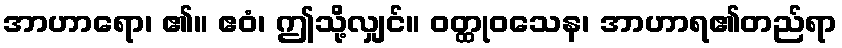
အာဟာရော၊ ၏။ ဧဝံ၊ ဤသို့လျှင်။ ဝတ္ထုဝသေန၊ အာဟာရ၏တည်ရာ